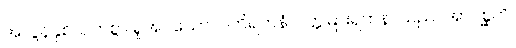
အလွန်နှစ်သက်စွာ ရှုအပ်သော။ ပကိရတနံ၊ ပတ္တမြားရတနာသည်။ အာဝစ္ဆတိ၊